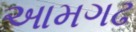
આમગઢ